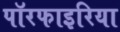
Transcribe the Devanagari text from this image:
पॉरफाइरिया